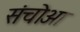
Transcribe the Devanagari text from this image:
संचोआ